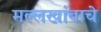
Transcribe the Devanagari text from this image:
मल्लखांबाचे